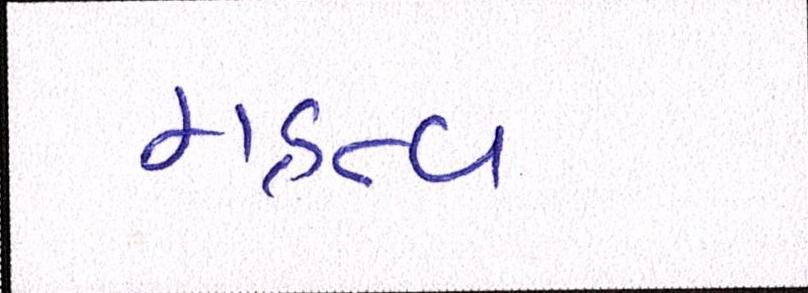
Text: મહત્વ